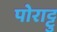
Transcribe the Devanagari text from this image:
पोराट्टु